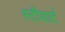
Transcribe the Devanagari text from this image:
स्टीडार्ट